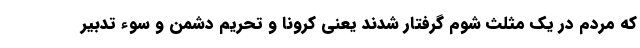
که مردم در یک مثلث شوم گرفتار شدند یعنی کرونا و تحریم دشمن و سوء تدبیر